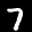
Label: 7